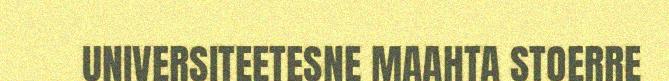
UNIVERSITEETESNE MAAHTA STOERRE